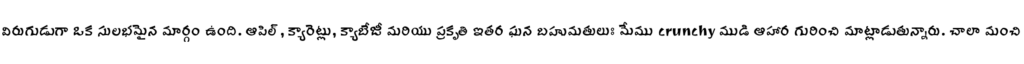
విరుగుడుగా ఒక సులభమైన మార్గం ఉంది. ఆపిల్, క్యారెట్లు, క్యాబేజీ మరియు ప్రకృతి ఇతర ఘన బహుమతులుః మేము crunchy ముడి ఆహార గురించి మాట్లాడుతున్నారు. చాలా మంచి